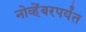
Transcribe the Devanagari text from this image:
नोव्हेंबरपर्यंत